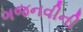
ગજનવીની